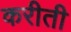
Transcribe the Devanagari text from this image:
करीती